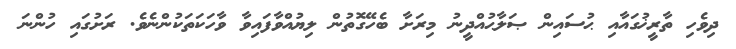
ދިވެހި ތާރީޚުގައާއި ޙުސައިން ޞަލާޙުއްދީނު މިރަށާ ބެހޭގޮތުން ލިޔުއްވާފައިވާ ވާހަކަތަކުންނެވެ. ރަށުގައި ހުންނަ